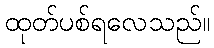
ထုတ်ပစ်ရလေသည်။